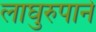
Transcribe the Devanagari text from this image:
लाघुरुपाने